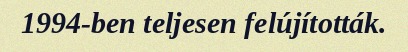
1994-ben teljesen felújították.